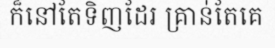
ក៏នៅតែទិញដែរ គ្រាន់តែគេ